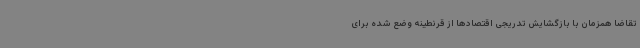
تقاضا همزمان با بازگشایش تدریجی اقتصادها از قرنطینه وضع شده برای